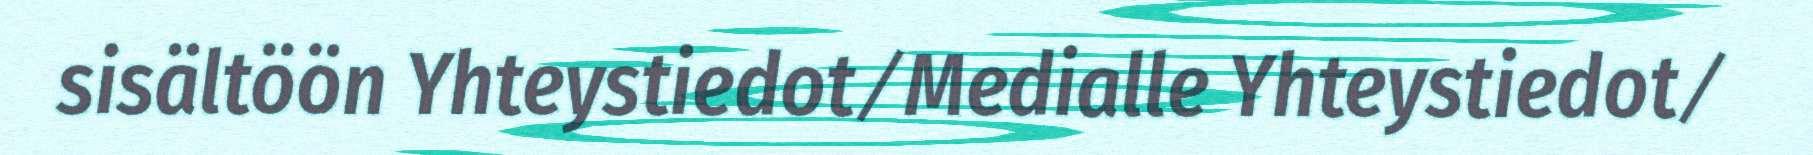
sisältöön Yhteystiedot ⁄ Medialle Yhteystiedot ⁄